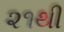
૨૧થી